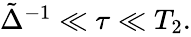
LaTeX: \begin{array}{r}{\tilde{\Delta}^{-1}\ll\tau\ll T_{2}.}\end{array}